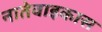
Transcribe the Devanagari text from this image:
नातेवाइकास